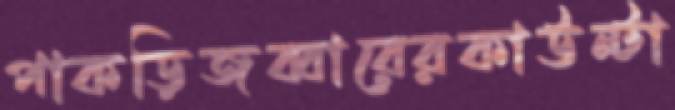
পাকড়িজব্বারেরকাউন্টা